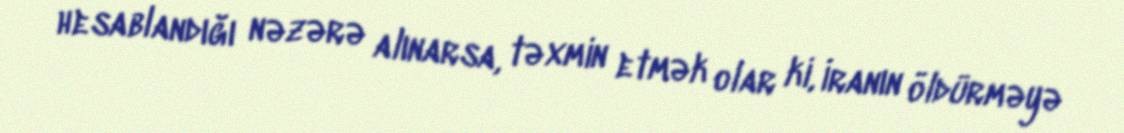
hesablandığı nəzərə alınarsa, təxmin etmək olar ki, İranın öldürməyə